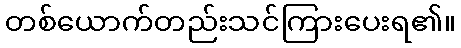
တစ်ယောက်တည်းသင်ကြားပေးရ၏။